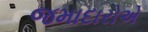
જમાદારોએ